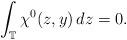
LaTeX: \begin{align*}\int_{\mathbb T}\chi^0(z,y)\,dz=0.\end{align*}